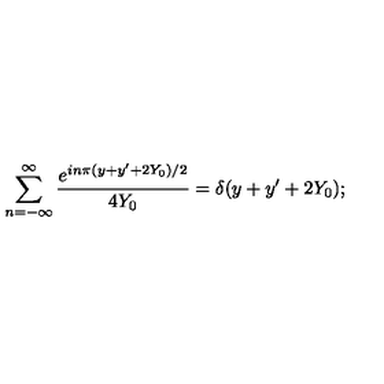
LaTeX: \sum _ { n = - \infty } ^ { \infty } { \frac { e ^ { i n \pi ( y + y ^ { \prime } + 2 Y _ { 0 } ) / 2 } } { 4 Y _ { 0 } } } = \delta ( y + y ^ { \prime } + 2 Y _ { 0 } ) ;